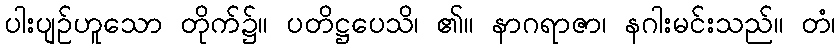
ပါးပျဉ်ဟူသော တိုက်၌။ ပတိဋ္ဌပေသိ၊ ၏။ နာဂရာဇာ၊ နဂါးမင်းသည်။ တံ၊